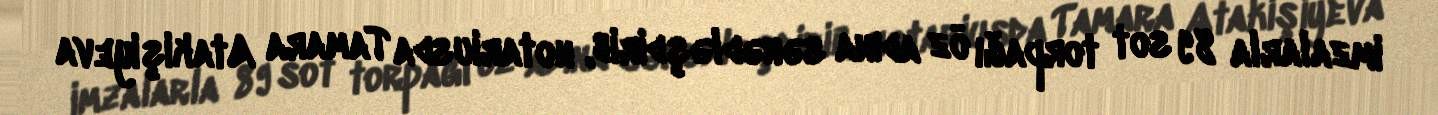
imzalarla 89 sot torpağı öz adına sənədləşdirib, notariusda Tamara Atakişiyeva